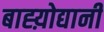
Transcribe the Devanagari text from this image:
बाह्य़ोद्यानी